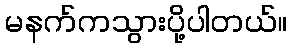
မနက်ကသွားပို့ပါတယ်။